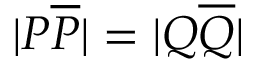
| P { \overline { { P } } } | = | Q { \overline { { Q } } } |